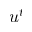
u ^ { t }